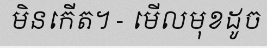
មិនកើត។ - មើលមុខដូច